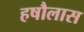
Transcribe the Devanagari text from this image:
हषौलास